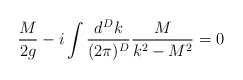
\begin{align*}\frac{M}{2g}-i\int \frac{d^Dk}{(2\pi)^D}\frac{M}{k^{2}-M^2}=0\end{align*}